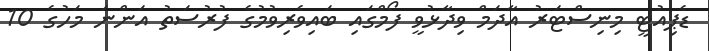
ޑެޕިއުޓީ މިނިސްޓަރު އާދަމް ވިދާޅުވީ ފޯމްގައި ބައިވެރިވުމުގެ ފުރުސަތު އަންނަ މަހުގެ 10